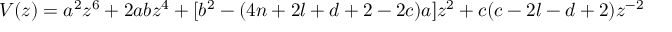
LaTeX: V ( z ) = a ^ { 2 } z ^ { 6 } + 2 a b z ^ { 4 } + [ b ^ { 2 } - ( 4 n + 2 l + d + 2 - 2 c ) a ] z ^ { 2 } + c ( c - 2 l - d + 2 ) z ^ { - 2 }